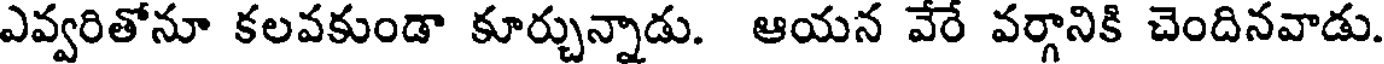
ఎవ్వరితోనూ కలవకుండా కూర్చున్నాడు. ఆయన వేరే వర్గానికి చెందినవాడు.